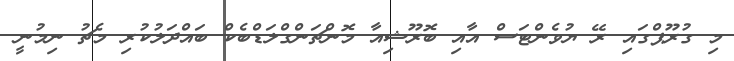
މި ގުރޫޕްގައި ރޭ ޔުވެންޓަސް އާއި ބޮރޫޝިއާ މޮންޗަންގްލަޑްބެކް ބައްދަލުކުރި މެޗު ނިމުނީ